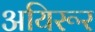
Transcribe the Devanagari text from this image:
अयिरूर